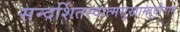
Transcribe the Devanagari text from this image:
सन्दर्शितस्वात्मसुखाम्बुधीनाम्